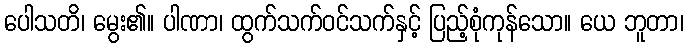
ပေါသတိ၊ မွေး၏။ ပါဏာ၊ ထွက်သက်ဝင်သက်နှင့် ပြည့်စုံကုန်သော။ ယေ ဘူတာ၊